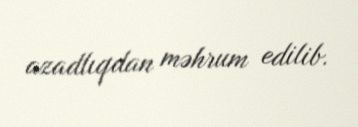
azadlıqdan məhrum edilib.